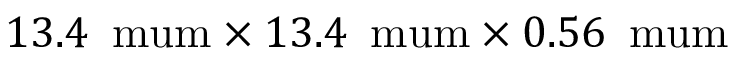
1 3 . 4 \, \mathrm { \ m u m } \times 1 3 . 4 \, \mathrm { \ m u m } \times 0 . 5 6 \, \mathrm { \ m u m }